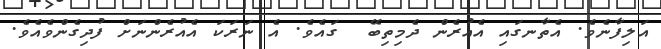
އަލިފާނެވެ. އެތާނގައި އެއުރެން ދެމިތިބޭ  ގައެވެ. އެ ނަރަކަ އެއުރެންނަށް ފުދިގެންވެއެވެ.